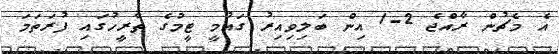
އެ މެޗުން ރާއްޖެ 2-1 އިން ބަލިވިއިރު ގައުމީ ޓީމުގެ ތާރީހުގައި ފުރަތަމަ